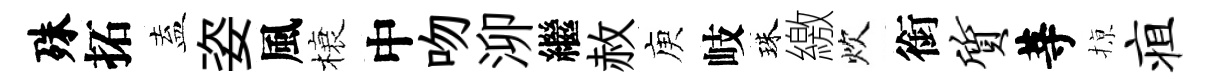
殊拓盍姿風榱中吻泖繼赦庾岐珠繳炊銜质䓁𢱊疽